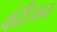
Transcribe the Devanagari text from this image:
वंदीजन